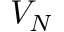
V _ { N }